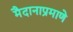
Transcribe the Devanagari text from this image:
मैदानाप्रमाणे